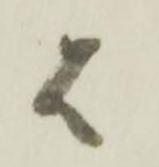
者